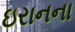
ઇરાનના